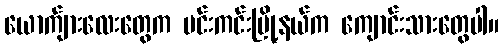
ယောက်ျားလေးတွေက မင်းကင်းမြို့နယ်က ကျောင်းသားတွေပါ။